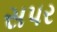
સપર